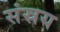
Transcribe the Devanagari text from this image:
संस्रय